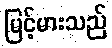
မြင့်မားသည်